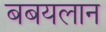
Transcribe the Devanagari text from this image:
बबयलान